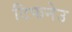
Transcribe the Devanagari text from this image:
टिफनेउ